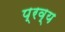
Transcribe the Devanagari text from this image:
प्रव्य